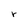
Character: r